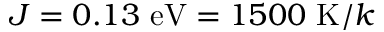
J = 0 . 1 3 ~ \mathrm { e V } = 1 5 0 0 ~ \mathrm { K } / k